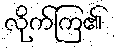
လိုက်ကြ၏